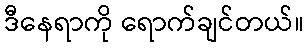
ဒီနေရာကို ရောက်ချင်တယ်။